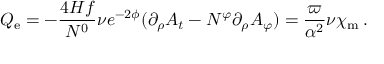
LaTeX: Q _ { \mathrm { e } } = - \frac { 4 H f } { N ^ { 0 } } \nu e ^ { - 2 \phi } ( \partial _ { \rho } A _ { t } - N ^ { \varphi } \partial _ { \rho } A _ { \varphi } ) = \frac { \varpi } { \alpha ^ { 2 } } \nu \chi _ { \mathrm { m } } \: .